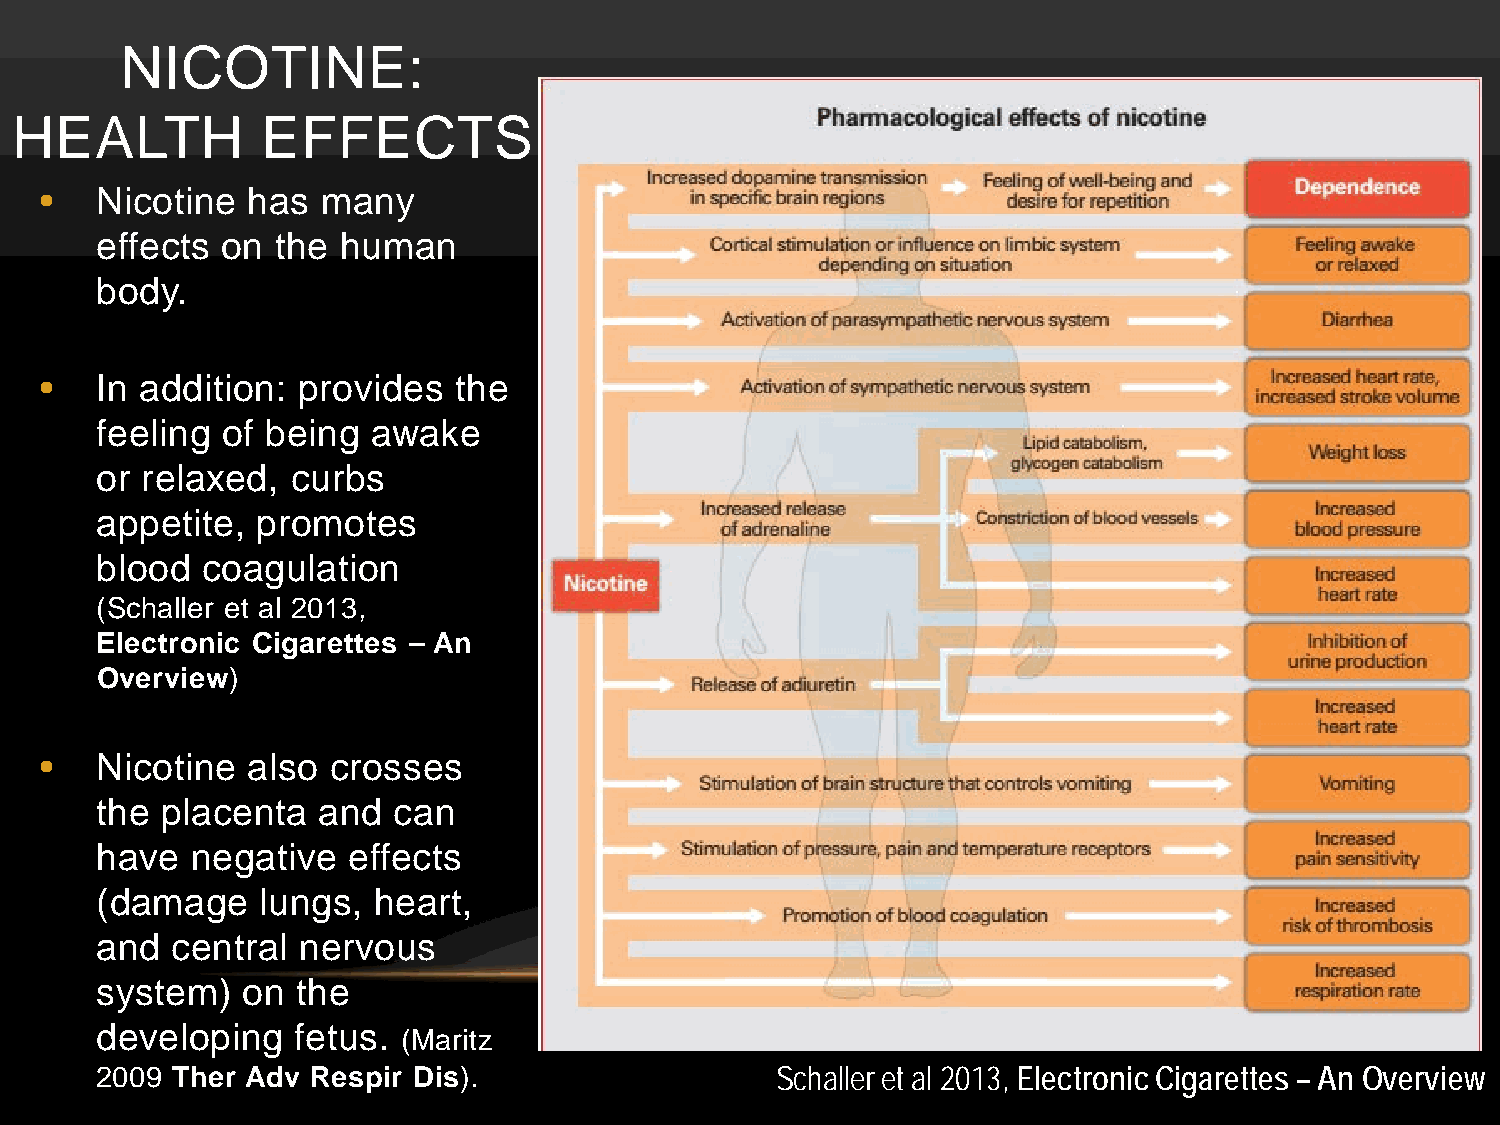
NICOTINE:
 HEALTH          EFFECTS
 •  Nicotine  has  many
 effects  on the  human
 body.
 •  In addition:  provides  the
 feeling  of being  awake
 or relaxed,  curbs
 appetite,  promotes
 blood  coagulation
 (Schaller et al 2013,
 Electronic Cigarettes – An
 Overview)
 •  Nicotine  also  crosses
 the  placenta  and  can
 have   negative  effects
 (damage    lungs,  heart,
 and  central  nervous
 system)   on  the
 developing   fetus.  (Maritz
 2009 Ther Adv  Respir Dis).                  Schaller et al 2013, Electronic Cigarettes – An Overview